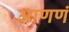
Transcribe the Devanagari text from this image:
आणणं